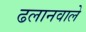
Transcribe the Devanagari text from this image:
ढलानवाले